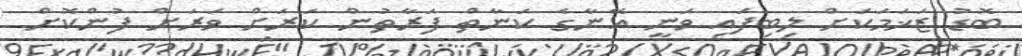
ބޮޑު ޒަޚަމަކަށް ލިބިފައި ވަނީ އޭނާގެ ކަނާތް ފަރާތުން ކަރަށް ވަރަށް ފުންކޮށް